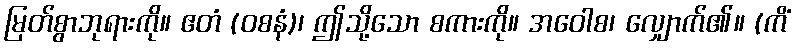
မြတ်စွာဘုရားကို။ ဧတံ (ဝစနံ)၊ ဤသို့သော စကားကို။ အဝေါစ၊ လျှောက်၏။ (ကိံ